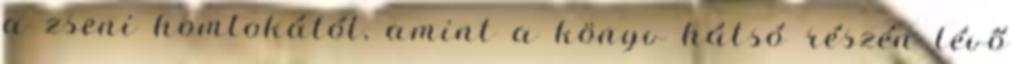
a zseni homlokától, amint a könyv hátsó részén lévő